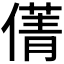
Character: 𠎐